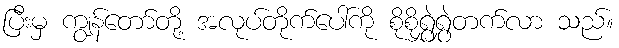
ပြီးမှ ကျွန်တော်တို့ အလုပ်တိုက်ပေါ်ကို စိုစိုရွှဲရွှဲတက်လာ သည်။